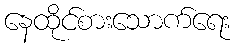
နေထိုင်စားသောက်ရေး